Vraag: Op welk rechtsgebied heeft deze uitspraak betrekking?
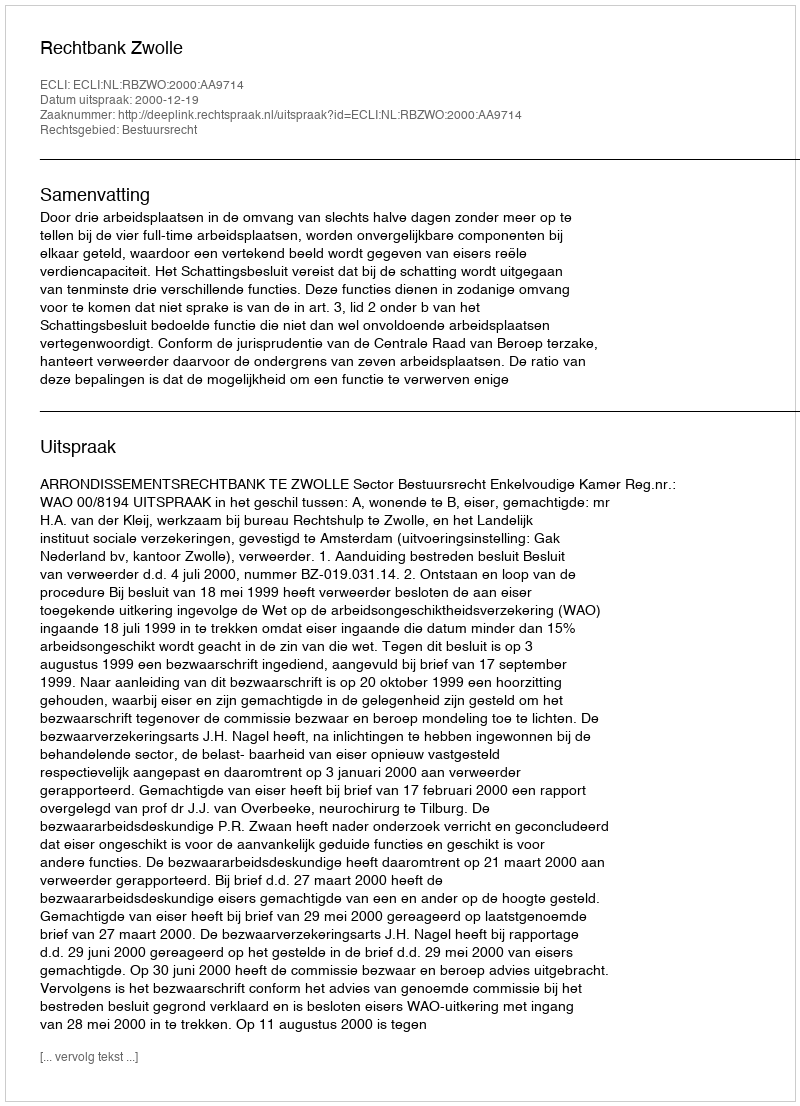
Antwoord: Bestuursrecht